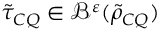
\tilde { \tau } _ { C Q } \in \mathcal { B } ^ { \varepsilon } ( \tilde { \rho } _ { C Q } )